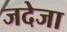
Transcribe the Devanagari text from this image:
जदेजा